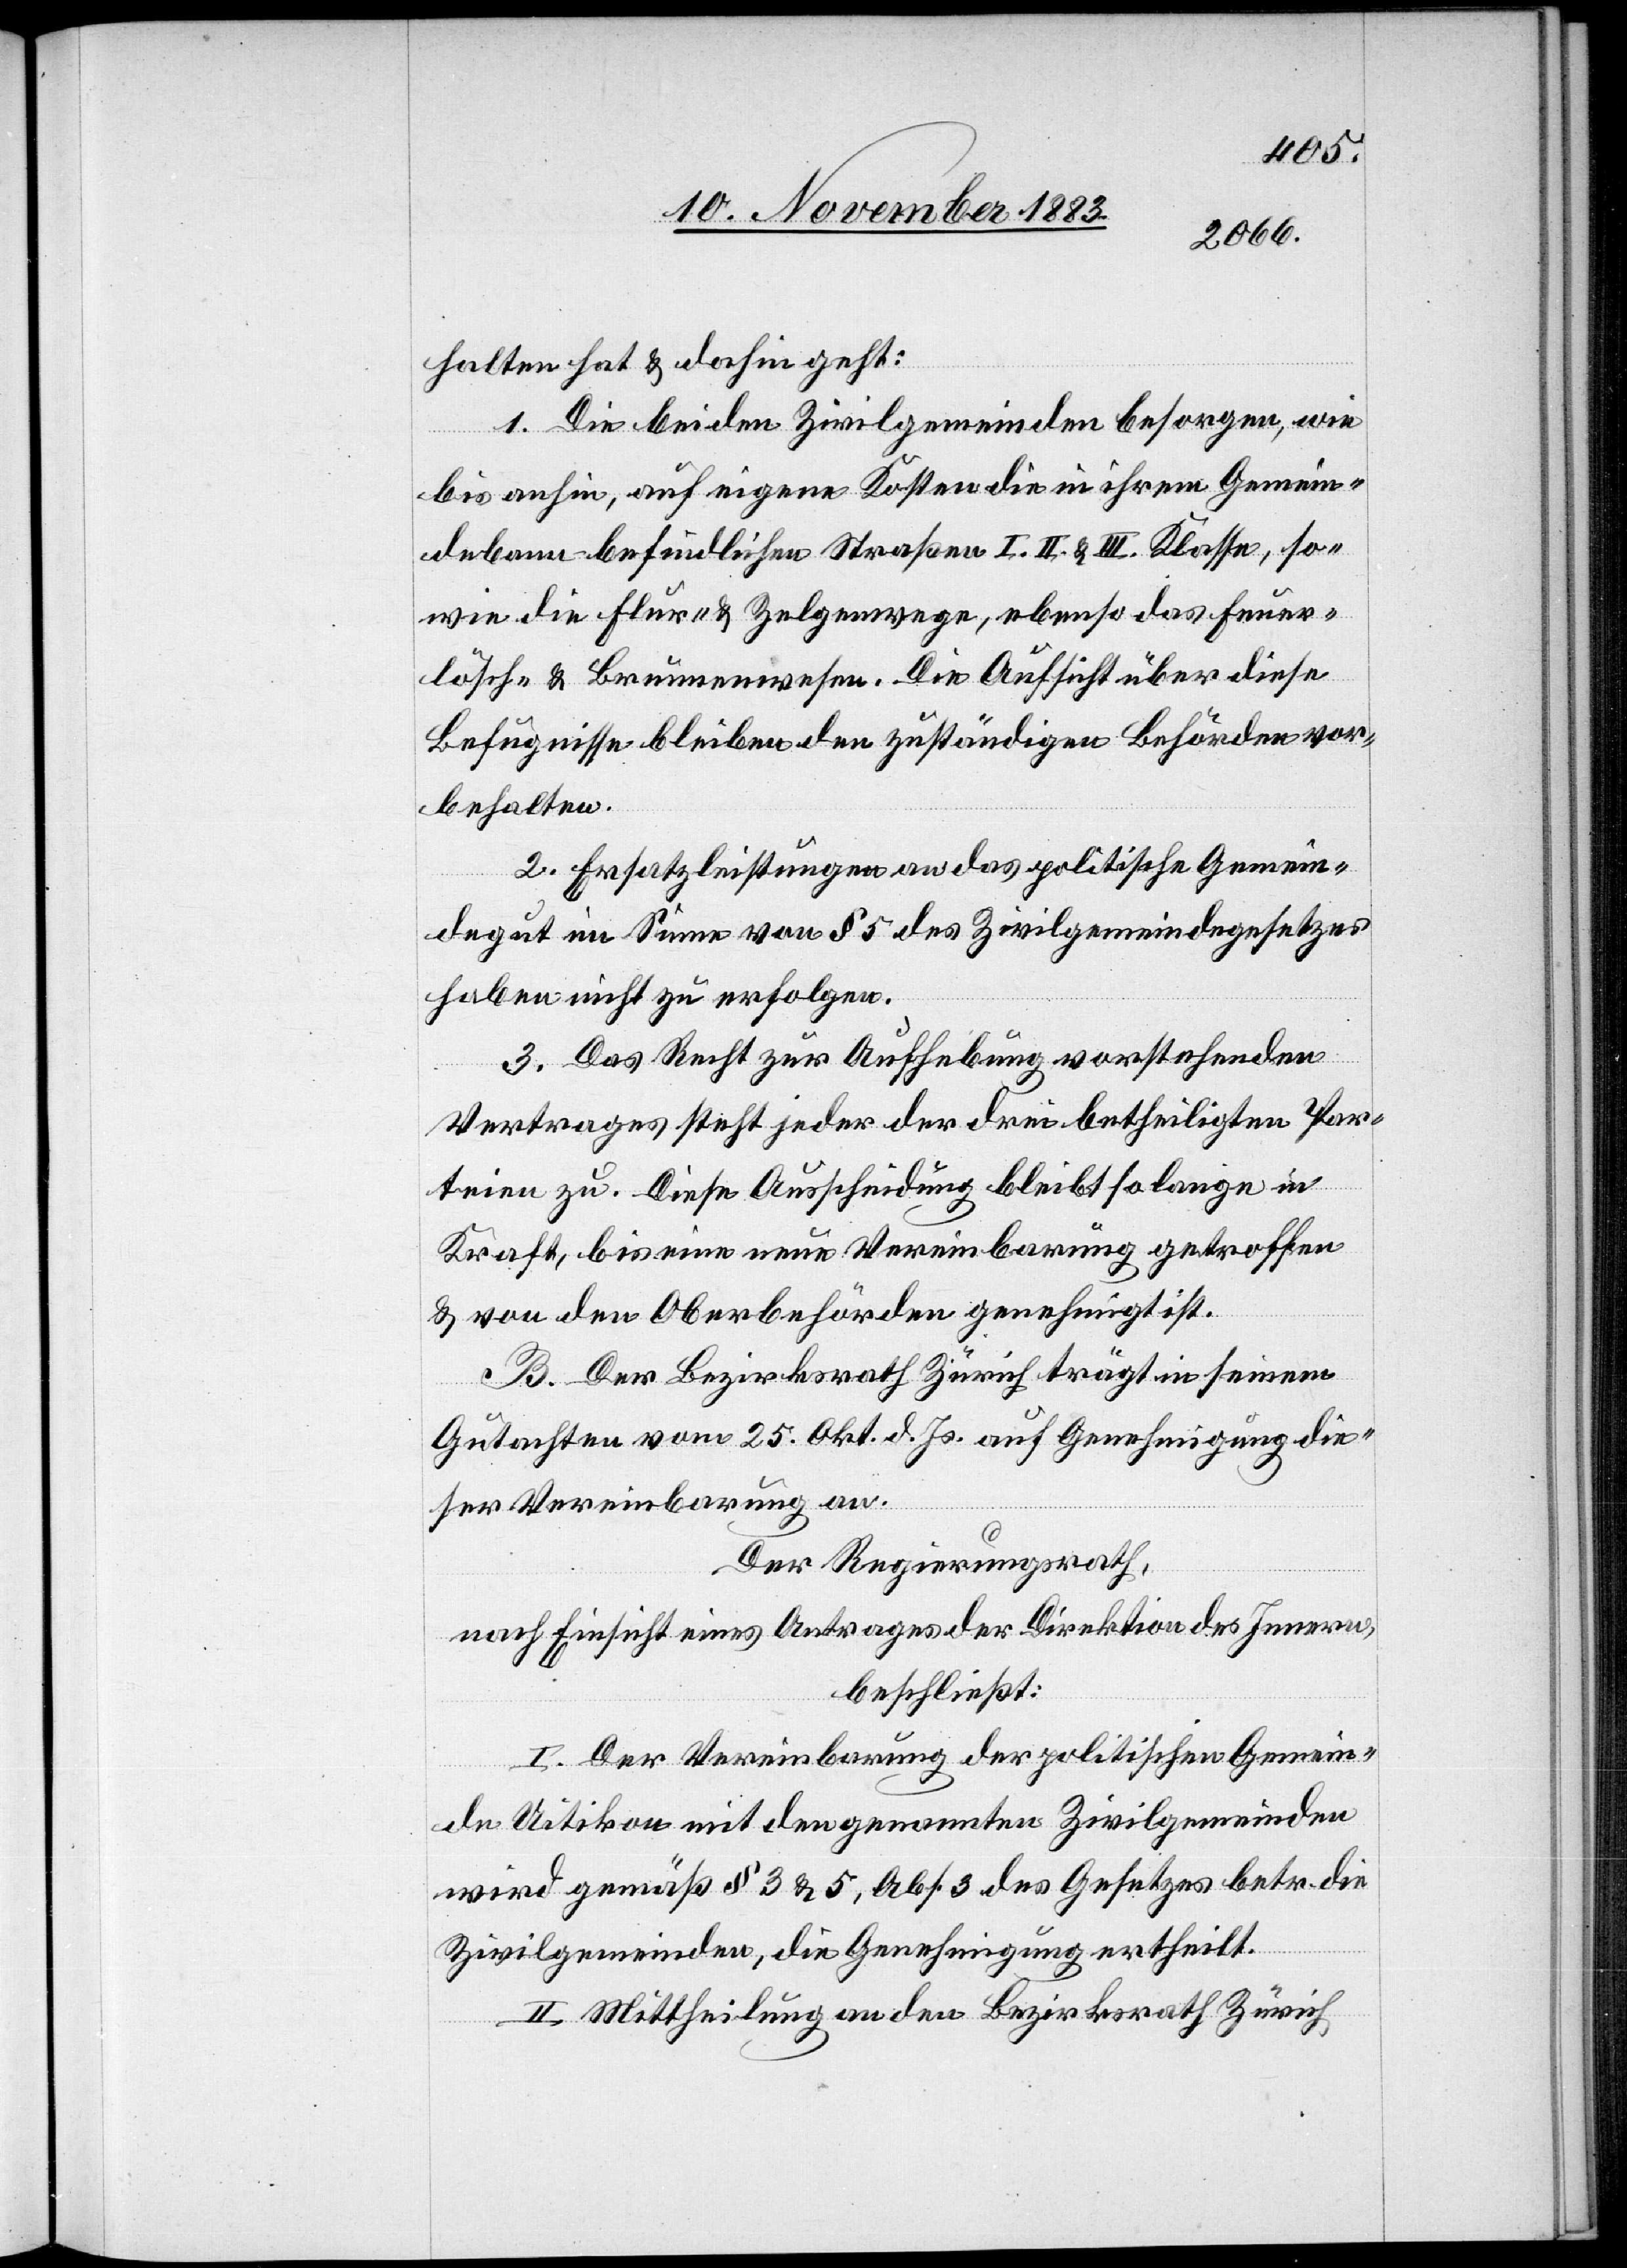
halten hat & dahin geht:
1. Die beiden Zivilgemeinden besorgen, wie
5 des
bis anhin, auf eigene Kosten die in ihrem Gemein¬
debann befindlichen Straßen I., II. & III. Klasse, so¬
wie die Flur- & Zelgenwege, ebenso das Feuer¬
lösch- & Brunnenwesen. Die Aufsicht über diese
Befugnisse bleiben den zuständigen Behörden vor¬
behalten.
2. Ersatzleistung an das politische Gemein¬
haben nicht zu erfolgen.
3. Das Recht zur Aufhebung vorstehenden
Vertrages steht jeder der drei betheiligten Par¬
teien zu. Diese Ausscheidung bleibt solange in
Kraft, bis eine neue Vereinbarung getroffen
& von den Oberbehörden genehmigt ist.
B. Der Bezirksrath Zürich trägt in seinem
Gutachten vom 25. Okt. d. Js. auf Genehmigung die¬
ser Vereinbarung an.
Der Regierungsrath,
nach Einsicht eines Antrages der Direktion des Innern,
beschließt:
I. Der Vereinbarung der politischen Gemein¬
de Uitikon mit den genannten Zivilgemeinden
wird gemäß § 3 & 5, Abs. 3 des Gesetzes betr. die
Zivilgemeinden, die Genehmigung ertheilt.
II. Mittheilung an den Bezirksrath Zürich,